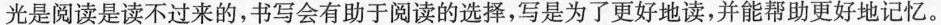
光是阅读是读不过来的，书写会有助于阅读的选择，写是为了更好地读，并能帮助更好地记忆。